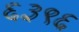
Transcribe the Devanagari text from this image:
६३९६